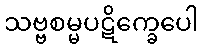
သဗ္ဗစမ္မပဋိက္ခေပေါ